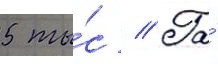
5 ты́с // Га́